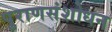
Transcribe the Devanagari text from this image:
पुराणसंशोधन